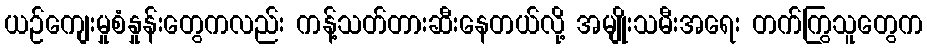
ယဉ်ကျေးမှုစံနှုန်းတွေကလည်း ကန့်သတ်တားဆီးနေတယ်လို့ အမျိုးသမီးအရေး တက်ကြွသူတွေက